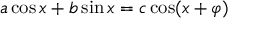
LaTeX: a \cos x + b \sin x = c \cos ( x + \varphi )